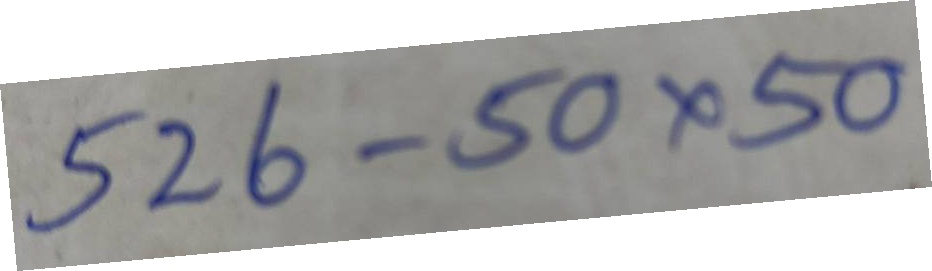
526 - 50 x 50